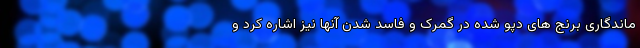
ماندگاری برنج های دپو شده در گمرک و فاسد شدن آنها نیز اشاره کرد و